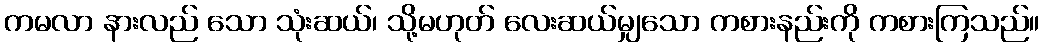
ကမလာ နားလည် သော သုံးဆယ်၊ သို့မဟုတ် လေးဆယ်မျှသော ကစားနည်းကို ကစားကြသည်။